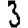
Digit: 3